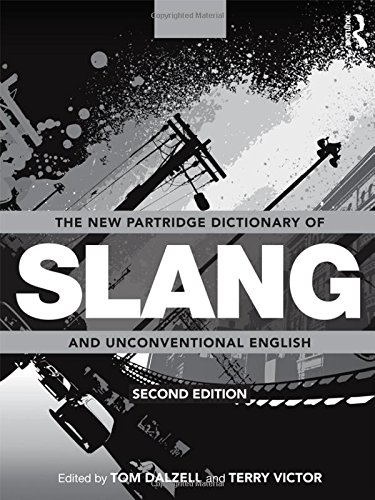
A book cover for The New Partridge Dictionary of Slang and Unconventional English (Dictionary of Slang and Unconvetional English); Reference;